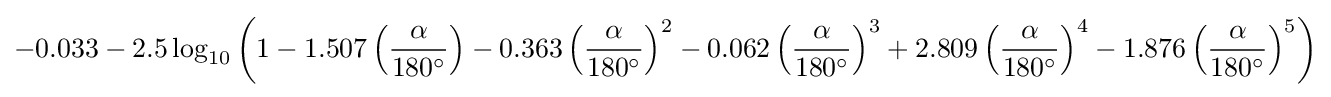
-0.033-2.5\log _{10}{\left(1-1.507\left({\frac {\alpha }{180^{\circ }}}\right)-0.363\left({\frac {\alpha }{180^{\circ }}}\right)^{2}-0.062\left({\frac {\alpha }{180^{\circ }}}\right)^{3}+2.809\left({\frac {\alpha }{180^{\circ }}}\right)^{4}-1.876\left({\frac {\alpha }{180^{\circ }}}\right)^{5}\right)}